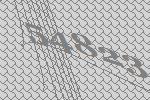
54823